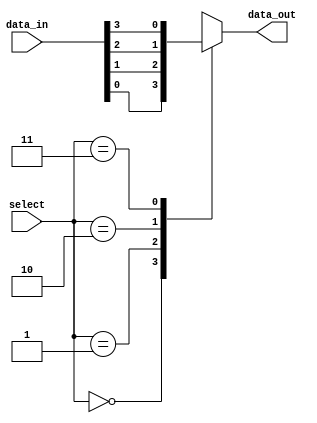
module mux_4to1 (
    input [3:0] data_in,
    input [1:0] select,
    output reg data_out
);

always @(*)
begin
    case(select)
        2'b00: data_out = data_in[0];
        2'b01: data_out = data_in[1];
        2'b10: data_out = data_in[2];
        2'b11: data_out = data_in[3];
    endcase
end

endmodule